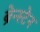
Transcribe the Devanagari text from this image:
ब्रेन्स्टेन